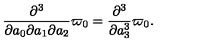
\frac { \partial ^ { 3 } } { \partial a _ { 0 } \partial a _ { 1 } \partial a _ { 2 } } \varpi _ { 0 } = \frac { \partial ^ { 3 } } { \partial a _ { 3 } ^ { 3 } } \varpi _ { 0 } .